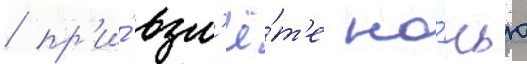
/ пр'и́ взл'ё́т'е но́чью